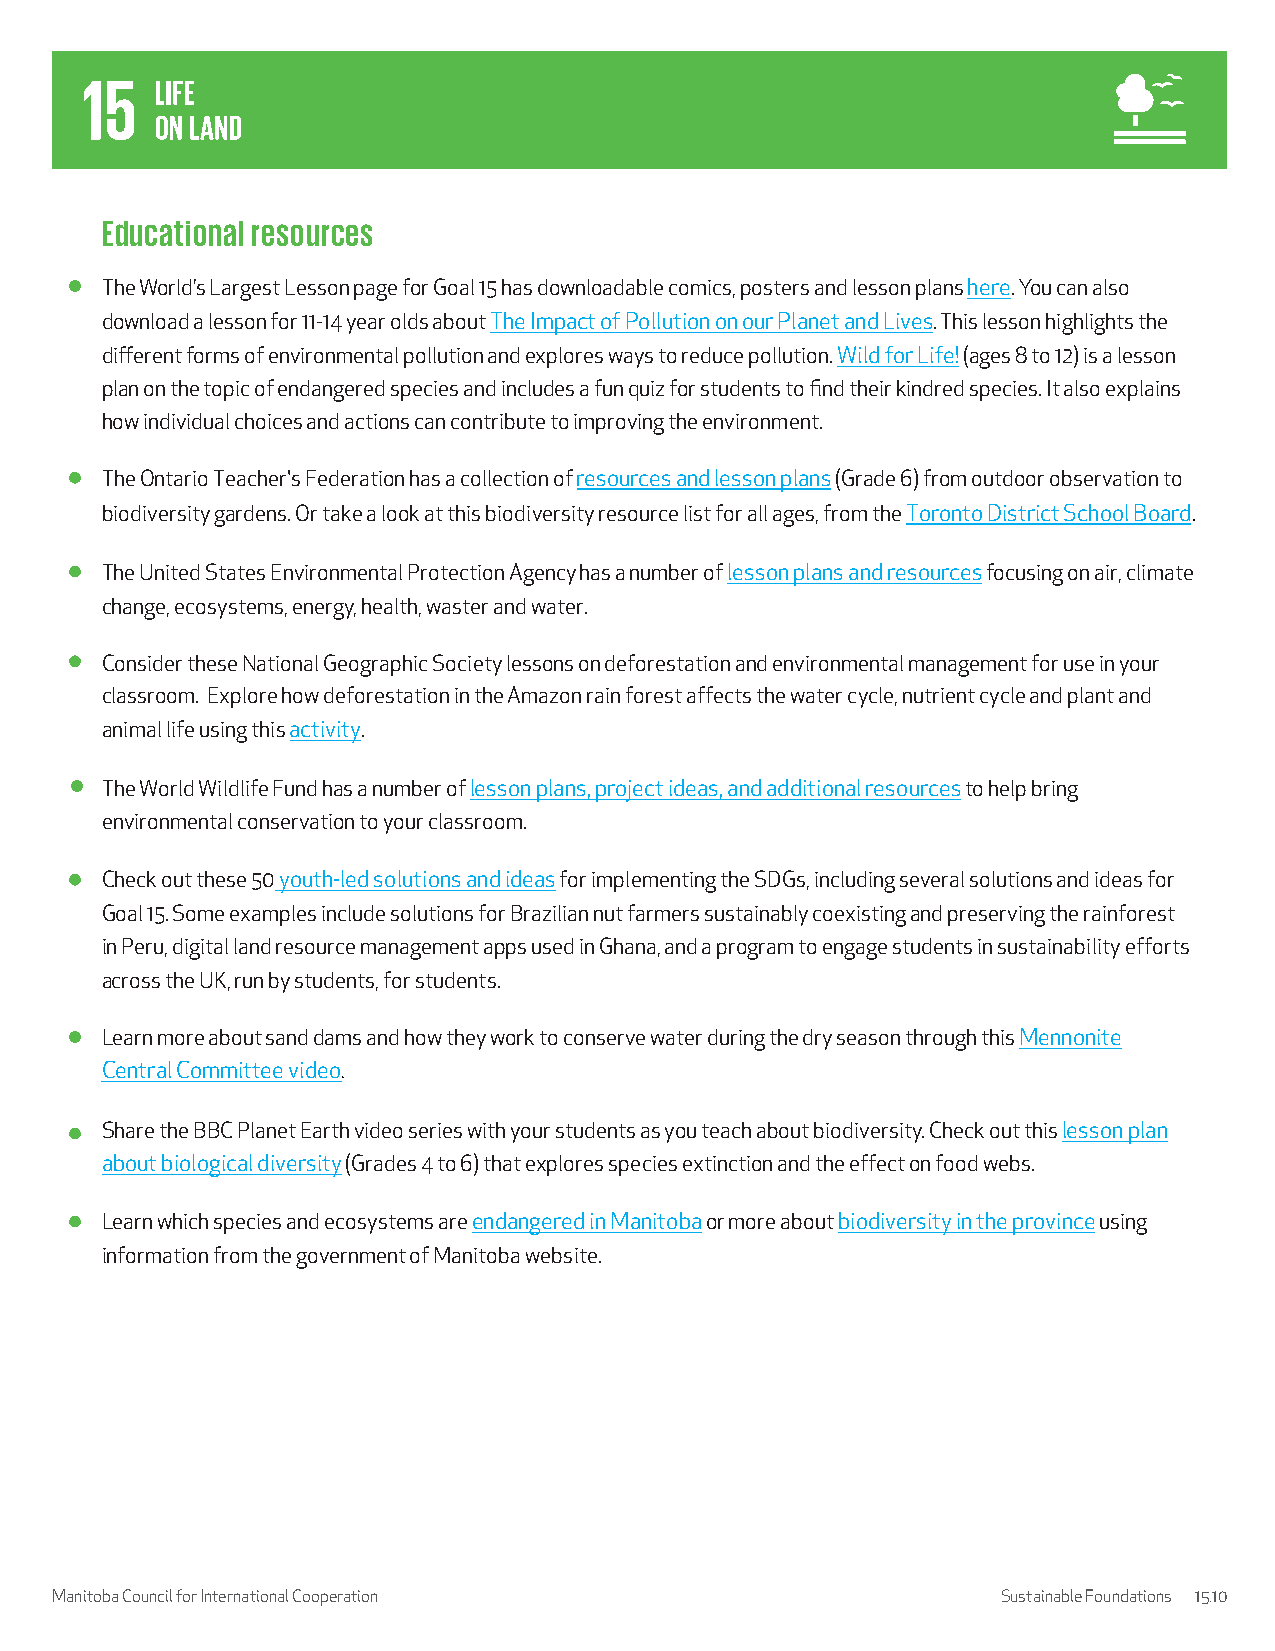
Educational resources
 The World’s Largest Lesson page for Goal 15 has downloadable comics, posters and lesson plans here. You can also
 download a lesson for 11-14 year olds about The Impact of Pollution on our Planet and Lives. This lesson highlights the
 different forms of environmental pollution and explores ways to reduce pollution. Wild for Life! (ages 8 to 12) is a lesson
 plan on the topic of endangered species and includes a fun quiz for students to find their kindred species. It also explains
 how individual choices and actions can contribute to improving the environment.
 The Ontario Teacher's Federation has a collection of resources and lesson plans (Grade 6) from outdoor observation to
 biodiversity gardens. Or take a look at this biodiversity resource list for all ages, from the Toronto District School Board.
 The United States Environmental Protection Agency has a number of lesson plans and resources focusing on air, climate
 change, ecosystems, energy, health, waster and water.
 Consider these National Geographic Society lessons on deforestation and environmental management for use in your
 classroom. Explore how deforestation in the Amazon rain forest affects the water cycle, nutrient cycle and plant and
 animal life using this activity.
 The World Wildlife Fund has a number of lesson plans, project ideas, and additional resources to help bring
 environmental conservation to your classroom.
 Check out these 50 youth-led solutions and ideas for implementing the SDGs, including several solutions and ideas for
 Goal 15. Some examples include solutions for Brazilian nut farmers sustainably coexisting and preserving the rainforest
 in Peru, digital land resource management apps used in Ghana, and a program to engage students in sustainability efforts
 across the UK, run by students, for students.
 Learn more about sand dams and how they work to conserve water during the dry season through this Mennonite
 Central Committee video.
 Share the BBC Planet Earth video series with your students as you teach about biodiversity. Check out this lesson plan
 about biological diversity (Grades 4 to 6) that explores species extinction and the effect on food webs.
 Learn which species and ecosystems are endangered in Manitoba or more about biodiversity in the province using
 information from the government of Manitoba website.
 Manitoba Council for International Cooperation                 Sustainable Foundations 15.10